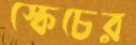
স্কেচের